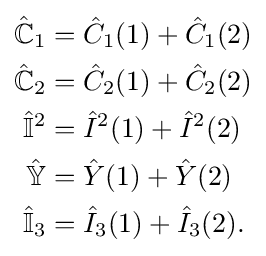
{\begin{aligned}{\hat {\mathbb {C} }}_{1}&={\hat {C}}_{1}(1)+{\hat {C}}_{1}(2)\\{\hat {\mathbb {C} }}_{2}&={\hat {C}}_{2}(1)+{\hat {C}}_{2}(2)\\{\hat {\mathbb {I} }}^{2}&={\hat {I}}^{2}(1)+{\hat {I}}^{2}(2)\\{\hat {\mathbb {Y} }}&={\hat {Y}}(1)+{\hat {Y}}(2)\\{\hat {\mathbb {I} }}_{3}&={\hat {I}}_{3}(1)+{\hat {I}}_{3}(2).\end{aligned}}